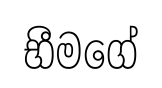
භීමගේ